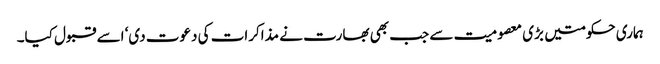
ہماری حکومتیں بڑی معصومیت سے جب بھی بھارت نے مذاکرات کی دعوت دی‘ اسے قبول کیا۔